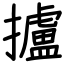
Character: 攎